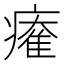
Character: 𤹩